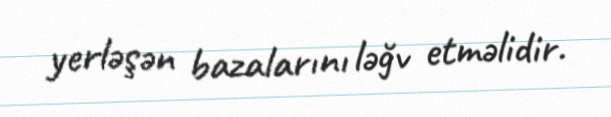
yerləşən bazalarını ləğv etməlidir.